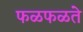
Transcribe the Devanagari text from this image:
फळफळते